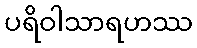
ပရိဝါသာရဟဿ